Eesti_Ajutine_Maanoukogu, lk 6
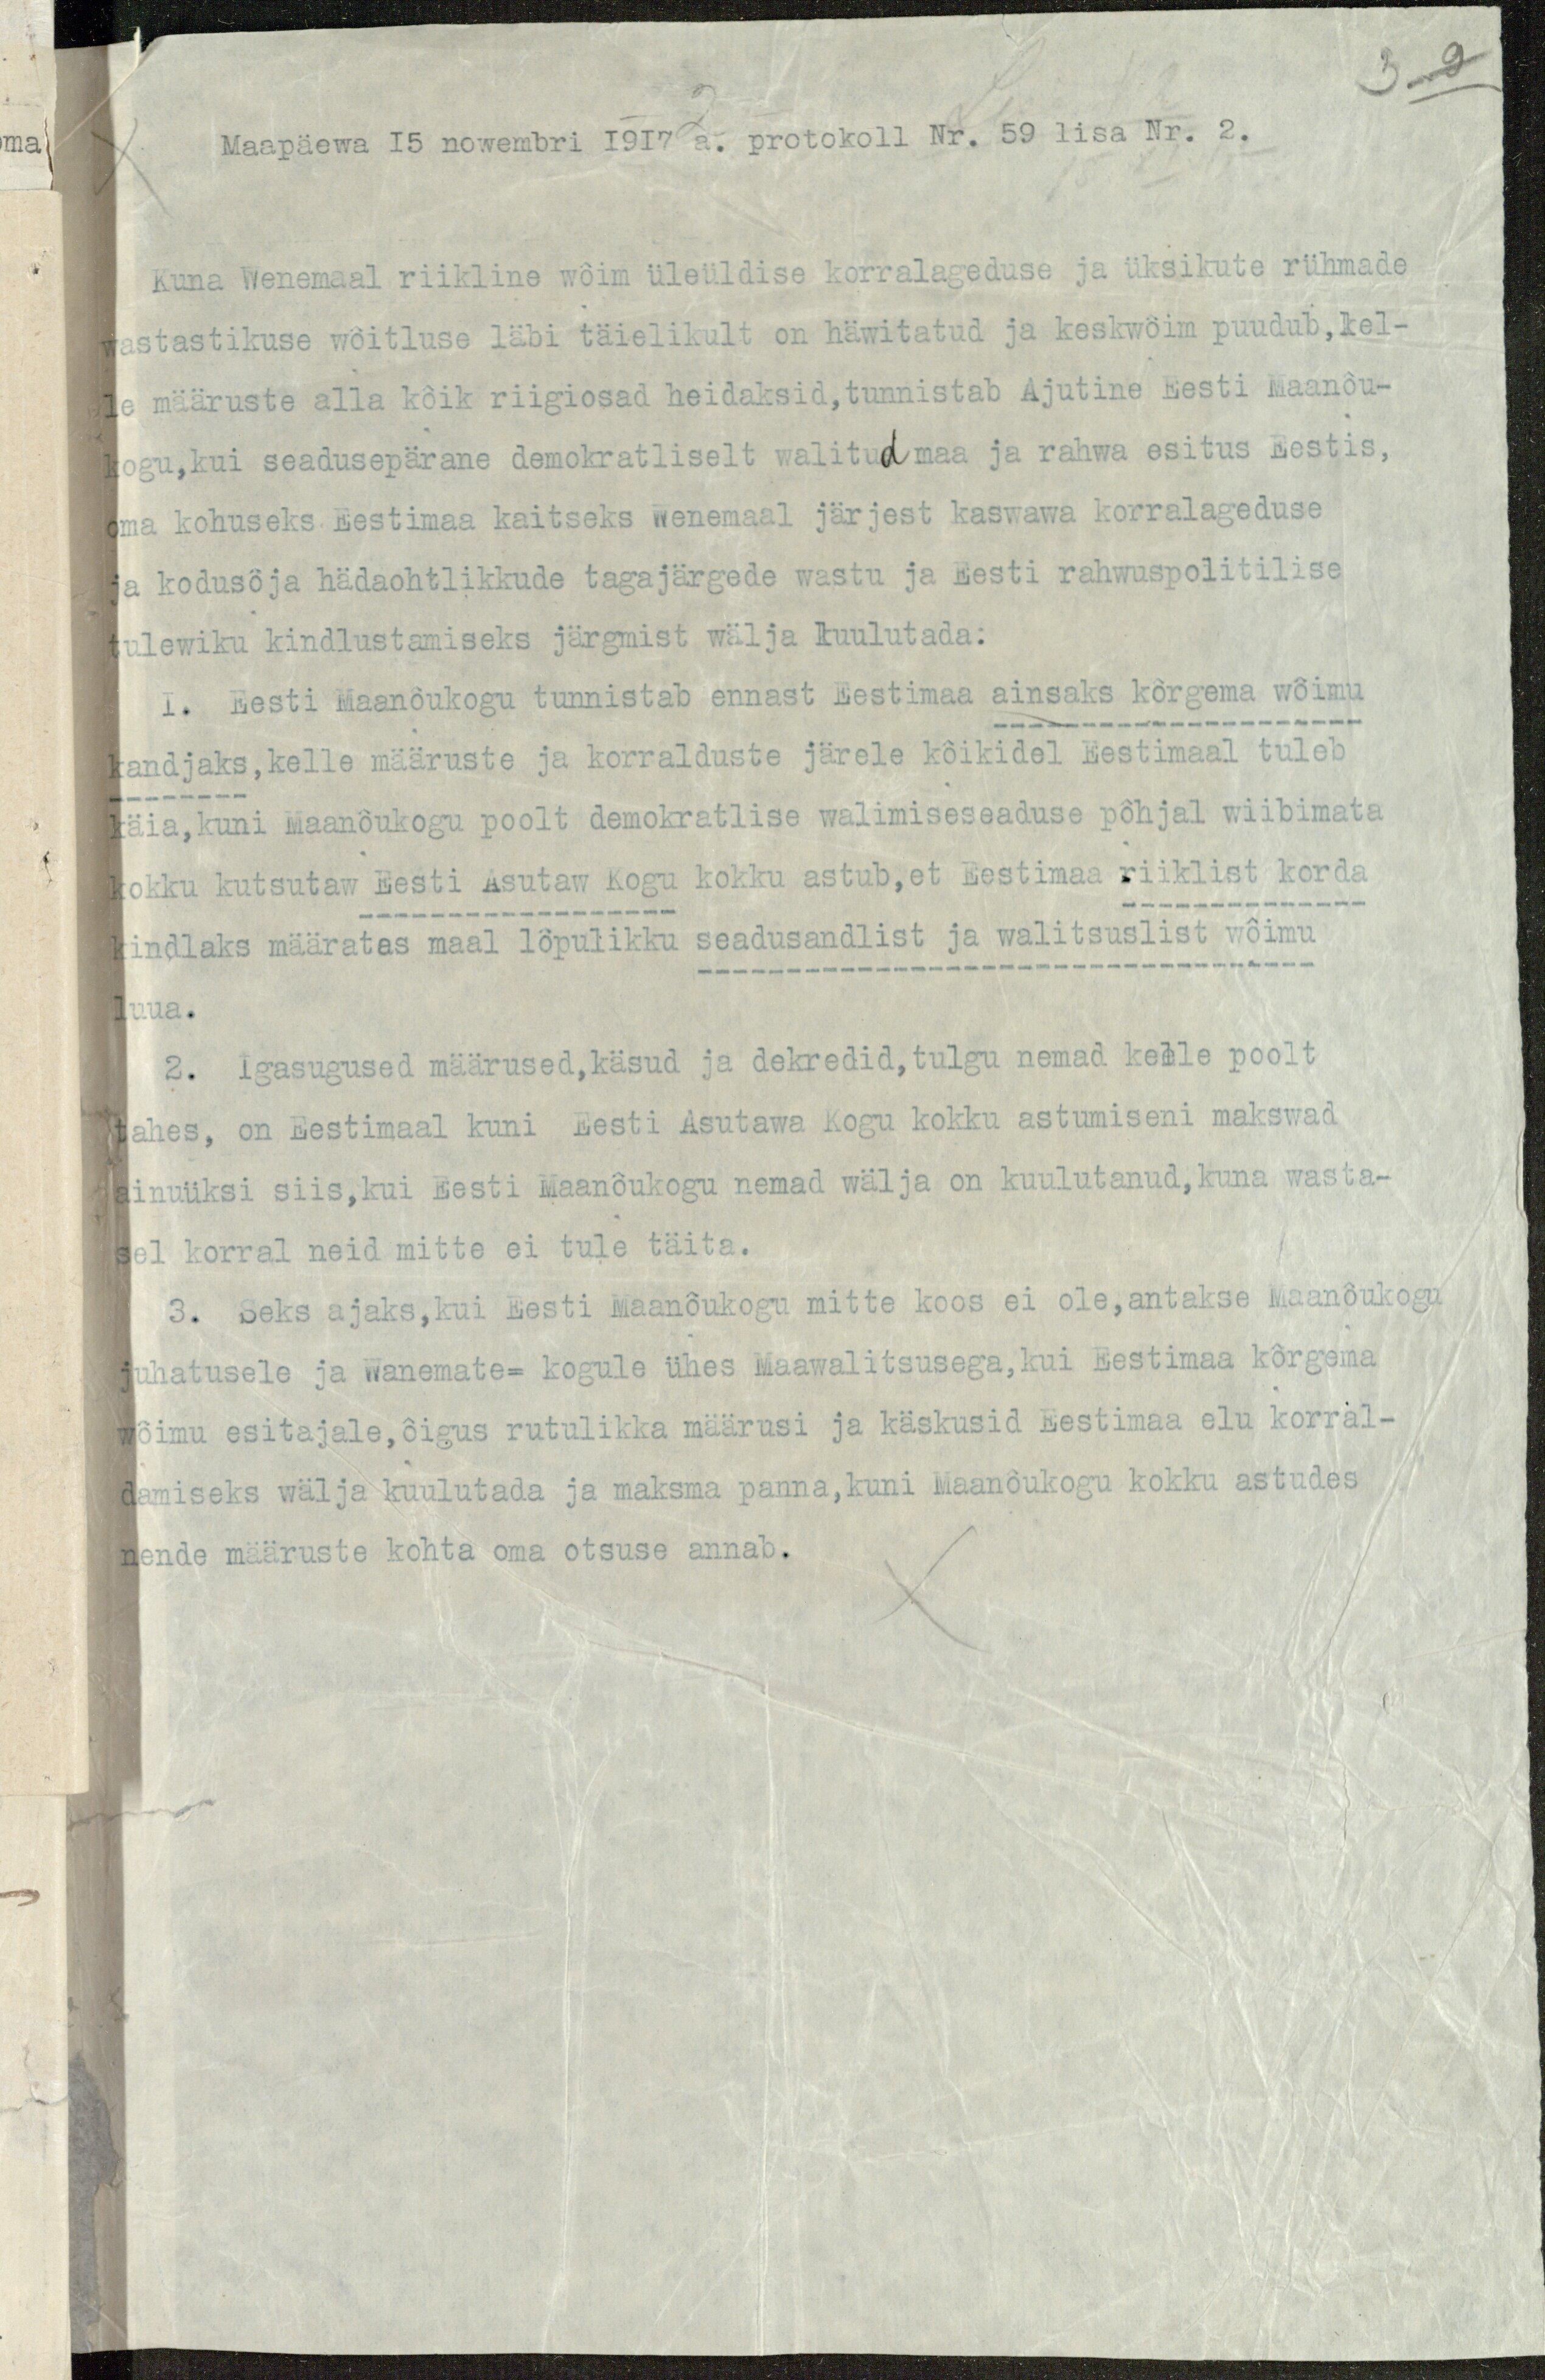
Maapäewa 15 nowembri 1917 a. prokokoll Nr. 59 lisa Nr. 2.
Kuna Wenemaal riikline wõim üleüldise korralageduse ja üksitute rühmade
wastastikuse wõitluse läbi täielikult on häwitatud ja keskuwõim puudub, kel-
le määruste alla kõik riigiosad heidaksid, tunnistab Ajutine Eesti Maanõu-
kogu, kui seadusepärane demokratliselt walitud maa ja rahwa esitus Eestis,
oma kohuseks Eestimaa kaitseks Wenemaal järjest kaswawa korralageduse
ja kodusõja hädaohtlikkude tagajärgede wastu ja Eesti rahwuspolitilise
tulewiku kindlustamiseks järgmist wälja kuulutada:
1. Eesti Maanõukogu tunnistab ennast Eestimaa ainsaks kõrgema wõimu
kandjaks, kelle määruste ja korralduste järele kõikidel Eestimaal tuleb
käia, kuni Maanõukogu poolt demokratlise walimiseseaduse põhjal wiibimata
kokku kutsutaw Eesti Asutaw Kogu kokku astub, et Eestimaa riiklist korda
kindlaks määrates maal lõpulikku seadusandlist ja walitsuslist wõimu
luua.
2. Igasugused määrused, käsud ja dekredid, tulgu nemad kelle poolt
tahes, on Eestimaal kuni Eesti Asutawa Kogu kokku astumiseni makswad
ainuüksi siis, kui Eesti Maanõukogu nemad wälja on kuulatanud, kuna wasta-
sel korral neid mitte ei tule täita.
3. Seks ajaks, kui Eesti Maanõukogu mitte koos ei ole, antakse Maanõukogu
juhatusele ja Wanemate-kogule ühes Maawalitsusega, kui Eestimaa kõrgema
wõimu esitajale, õigus rutulikka määrusi ja käskusid Eestimaa elu korral-
damiseks wälja kuulutada ja maksma panna, kuni Maanõukogu kokku astudes
nendo määruste kohta oma otsuse annab.